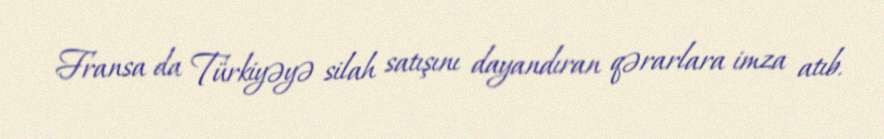
Fransa da Türkiyəyə silah satışını dayandıran qərarlara imza atıb.